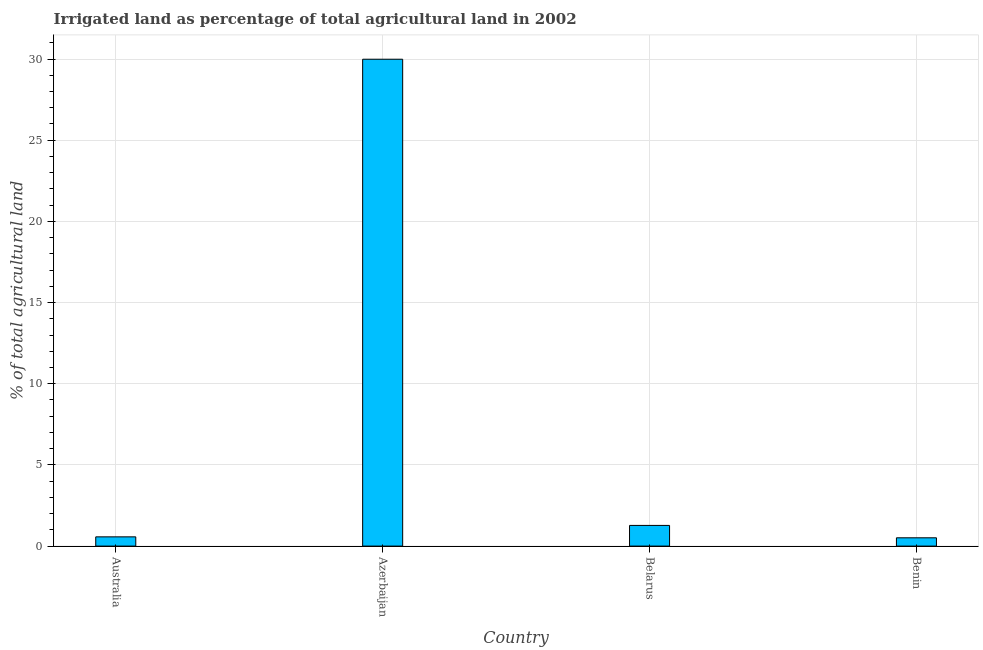
| Country | Agricultural irrigated land  |
 | --- | --- |
 | Australia | 0.569 |
 | Azerbaijan | 30 |
 | Belarus | 1.27 |
 | Benin | 0.511 |